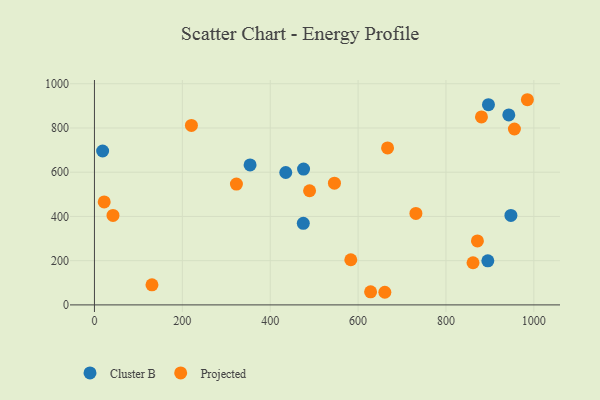
{"axis": {"x": "Study Hours", "y": "Fuel Efficiency"}, "legend": ["Cluster B", "Projected"], "data": [{"x": "475.3", "y": 368.9, "type": "Cluster B"}, {"x": "475.9", "y": 614.3, "type": "Cluster B"}, {"x": "435.4", "y": 598.7, "type": "Cluster B"}, {"x": "896.7", "y": 905.3, "type": "Cluster B"}, {"x": "895.3", "y": 199.1, "type": "Cluster B"}, {"x": "18.6", "y": 696.0, "type": "Cluster B"}, {"x": "354.2", "y": 632.9, "type": "Cluster B"}, {"x": "947.8", "y": 404.4, "type": "Cluster B"}, {"x": "943.0", "y": 859.0, "type": "Cluster B"}, {"x": "667.1", "y": 709.8, "type": "Projected"}, {"x": "660.9", "y": 57.1, "type": "Projected"}, {"x": "130.9", "y": 91.0, "type": "Projected"}, {"x": "583.4", "y": 204.1, "type": "Projected"}, {"x": "955.8", "y": 795.4, "type": "Projected"}, {"x": "880.8", "y": 850.1, "type": "Projected"}, {"x": "871.6", "y": 289.1, "type": "Projected"}, {"x": "628.5", "y": 59.2, "type": "Projected"}, {"x": "731.6", "y": 413.5, "type": "Projected"}, {"x": "861.6", "y": 190.6, "type": "Projected"}, {"x": "489.6", "y": 516.3, "type": "Projected"}, {"x": "22.2", "y": 465.6, "type": "Projected"}, {"x": "323.1", "y": 546.3, "type": "Projected"}, {"x": "546.2", "y": 550.6, "type": "Projected"}, {"x": "985.3", "y": 927.8, "type": "Projected"}, {"x": "42.2", "y": 404.6, "type": "Projected"}, {"x": "220.7", "y": 811.8, "type": "Projected"}]}